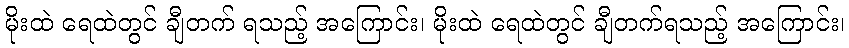
မိုးထဲ ရေထဲတွင် ချီတက် ရသည့် အကြောင်း၊ မိုးထဲ ရေထဲတွင် ချီတက်ရသည့် အကြောင်း၊